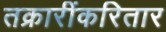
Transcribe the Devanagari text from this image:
तक्रारींकरितार